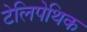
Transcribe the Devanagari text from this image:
टेलिपेथिक